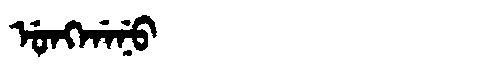
Manchu: ᡠᠩᡤᠠᠨᡠ
Romanization: UNGGANU